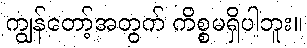
ကျွန်တော့်အတွက် ကိစ္စမရှိပါဘူး။